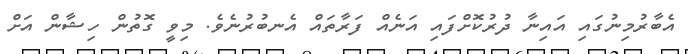
އެބާރުމިނުގައި އައިނާ ދުރުކޮށްފައި އަނެއް ފަރާތައް އެނބުރުނެވެ. މިވީ ގޮތުން ހިޝާން އަށް